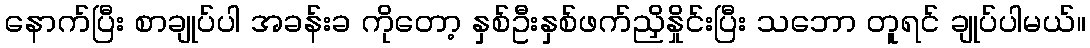
နောက်ပြီး စာချုပ်ပါ အခန်းခ ကိုတော့ နှစ်ဦးနှစ်ဖက်ညှိနှိုင်းပြီး သဘော တူရင် ချုပ်ပါမယ်။